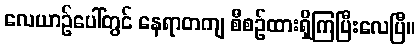
လေယာဉ်ပေါ်တွင် နေရာတကျ စီစဉ်ထားရှိကြပြီးလေပြီ။